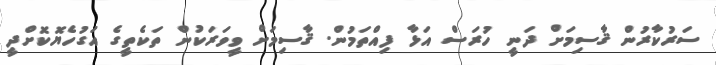
ސަރުކާރުން ޤާސިމަށް ދަނީ ހުރަސް އަޅާ ފިއްތަމުން. ޤާސިމަށް ވީވަރަކުން ތަކެތީގެ އަގުހެޔޮކޮށްދީ